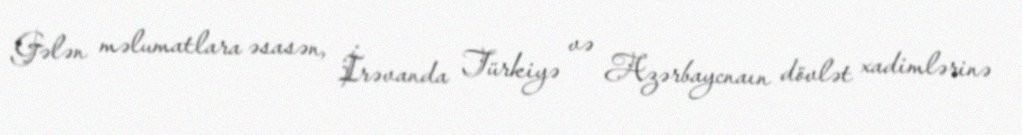
Gələn məlumatlara əsasən, İrəvanda Türkiyə və Azərbaycnaın dövlət xadimlərinə